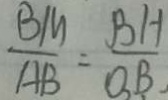
\frac { B M } { A B } = \frac { B H } { O B }